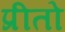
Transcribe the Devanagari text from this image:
प्रीतो